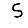
Digit: 5